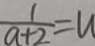
\frac { 1 } { a + 2 } = u